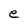
Character: e